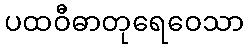
ပထဝီဓာတုရေဝေသာ